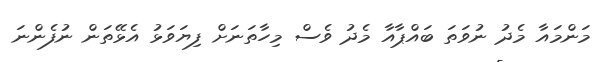
މަންމައާ މެދު ނުވަތަ ބައްޕާއާ މެދު ވެސް މިހާތަނަށް ފިޔަވަޅު އެޅޭތަން ނުފެންނަ